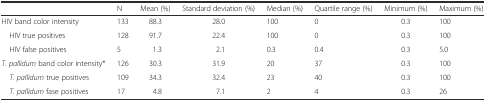
<table><thead><tr><td></td><td><b>N</b></td><td><b>Mean (%)</b></td><td><b>Standard deviation (%)</b></td><td><b>Median (%)</b></td><td><b>Quartile range (%)</b></td><td><b>Minimum (%)</b></td><td><b>Maximum (%)</b></td></tr></thead><tbody><tr><td>HIV band color intensity</td><td>133</td><td>88.3</td><td>28.0</td><td>100</td><td>0</td><td>0.3</td><td>100</td></tr><tr><td> HIV true positives</td><td>128</td><td>91.7</td><td>22.4</td><td>100</td><td>0</td><td>0.3</td><td>100</td></tr><tr><td> HIV false positives</td><td>5</td><td>1.3</td><td>2.1</td><td>0.3</td><td>0.4</td><td>0.3</td><td>5.0</td></tr><tr><td><i>T. pallidum</i> band color intensity*</td><td>126</td><td>30.3</td><td>31.9</td><td>20</td><td>37</td><td>0.3</td><td>100</td></tr><tr><td> <i>T. pallidum</i> true positives</td><td>109</td><td>34.3</td><td>32.4</td><td>23</td><td>40</td><td>0.3</td><td>100</td></tr><tr><td> <i>T. pallidum</i> fase positives</td><td>17</td><td>4.8</td><td>7.1</td><td>2</td><td>4</td><td>0.3</td><td>26</td></tr></tbody></table>